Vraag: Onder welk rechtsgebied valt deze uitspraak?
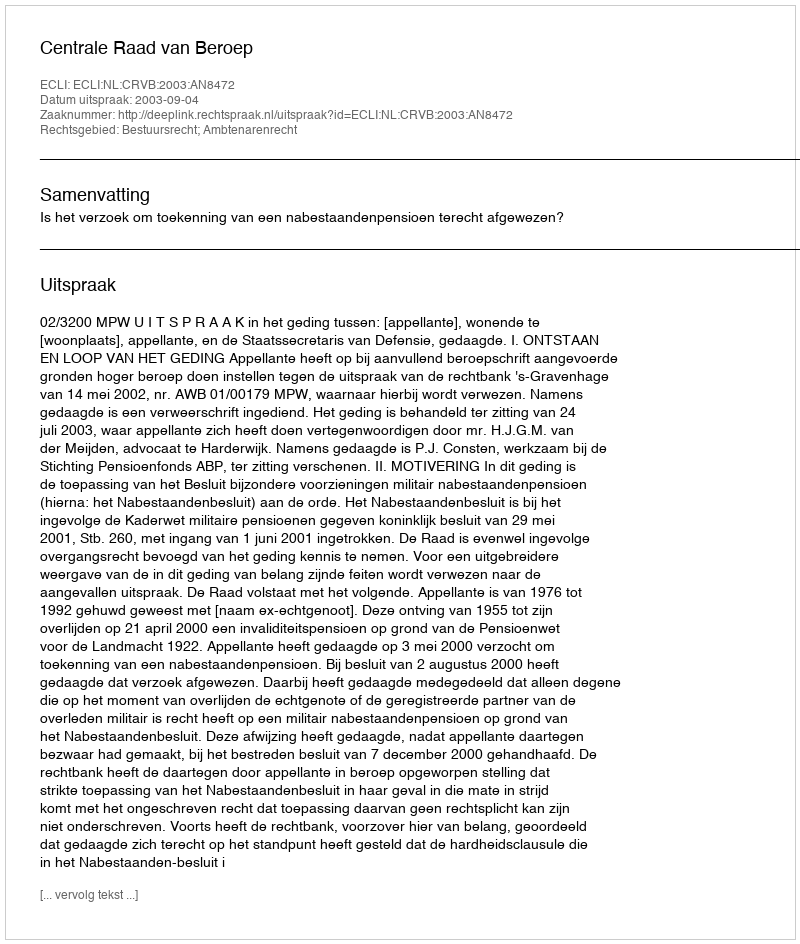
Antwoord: Bestuursrecht; Ambtenarenrecht